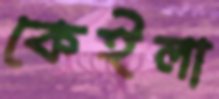
কেইলা